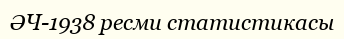
ӘЧ-1938 ресми статистикасы